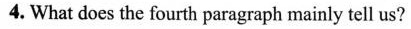
4. What does the fourth paragraph mainly tell us?